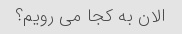
الان به کجا می رویم؟